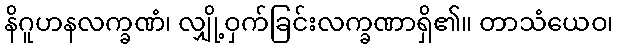
နိဂူဟနလက္ခဏံ၊ လျှို့ဝှက်ခြင်းလက္ခဏာရှိ၏။ တာသံယေဝ၊